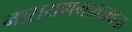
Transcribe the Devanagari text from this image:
नारायणगावजवळ